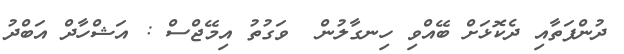
ދުންފަތާއި ދެކޮޅަށް ބޭއްވި ހިނގާލުން  ވަގުތު އިމޭޖްސް : އަޝްހާދް އަބްދު